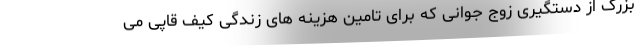
بزرگ از دستگیری زوج جوانی که برای تامین هزینه های زندگی کیف قاپی می